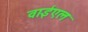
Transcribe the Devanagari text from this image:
वाईएल